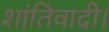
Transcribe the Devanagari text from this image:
शांतिवादी।